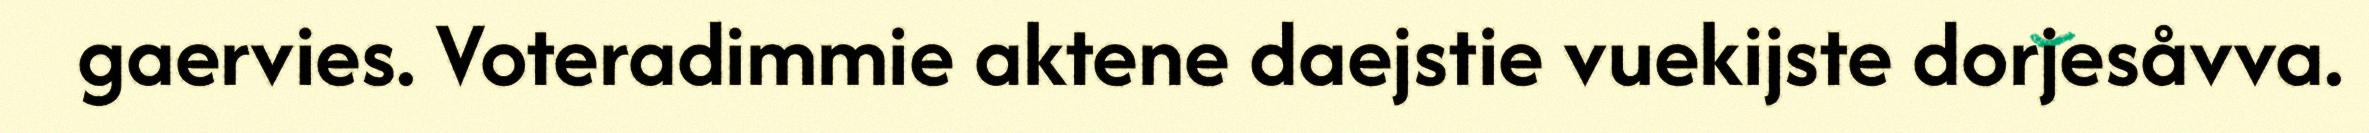
gaervies. Voteradimmie aktene daejstie vuekijste dorjesåvva.